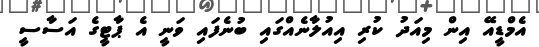
އެމްޑީއޭ އިން މިއަދު ކުރި އިއުލާނެއްގައި ބުނެފައި ވަނީ އެ ޕާޓީގެ އަސާސީ